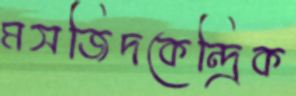
মসজিদকেন্দ্রিক